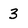
Character: 3